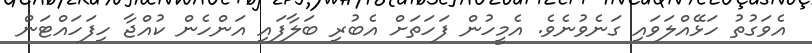
އެވަގުތު ހަޅޭއްލަވައި ގަނެވުނެވެ. އެމީހުން ފަހަތަށް އެބުރި ބަލާފައި އަންހެން ކުއްޖާ ހިފަހައްޓަން